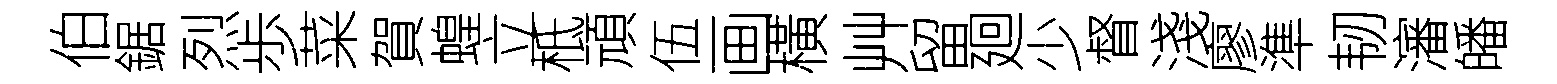
伯鋸烈歩菜賀蝗立柢頑伍画橫艸留廻少督淺廖準韧瀋皤